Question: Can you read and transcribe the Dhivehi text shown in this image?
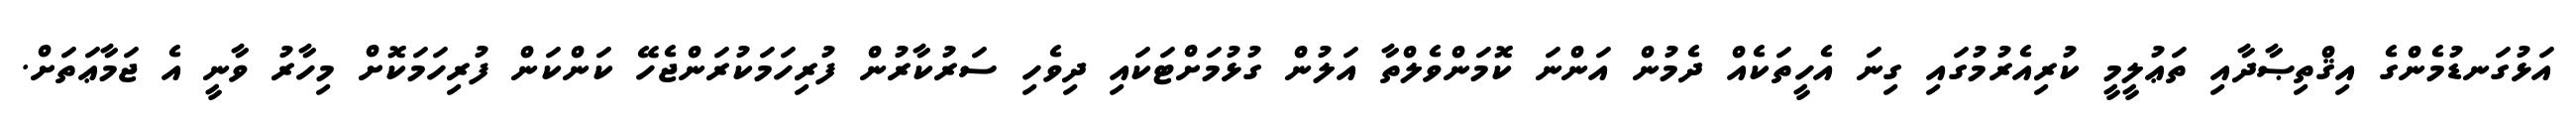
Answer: އަޅުގަނޑުމެންގެ އިޤްތިޞާދާއި ތަޢުލީމީ ކުރިއެރުމުގައި ގިނަ އެހީތަކެއް ދެމުން އަންނަ ކޮމަންވެލްތާ އަލުން ގުޅުމަށްޓަކައި ދިވެހި ސަރުކާރުން ފުރިހަމަކުރަންޖެހޭ ކަންކަން ފުރިހަމަކޮށް މިހާރު ވާނީ އެ ޖަމާޢަތަށް.